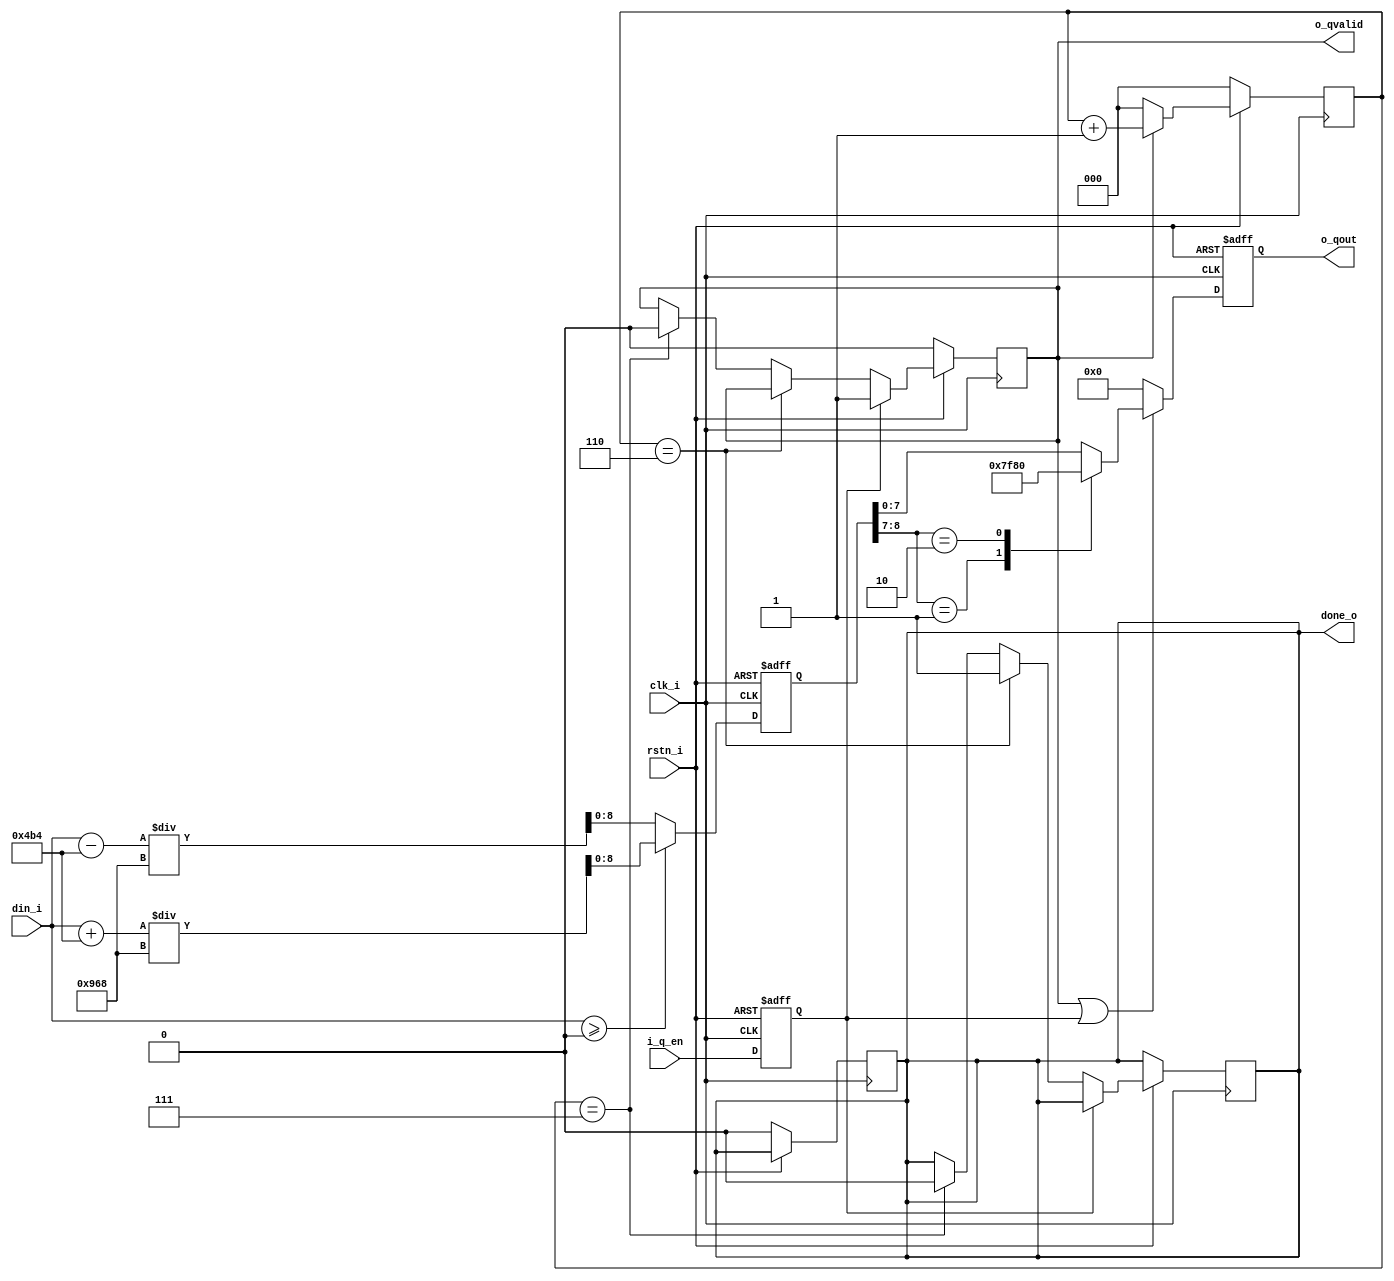
module Quantize(
    input wire                  clk_i,       // Clock input
    input wire                  rstn_i,      // Active low reset input
    input wire                  i_q_en,      // Quantize enable signal
    input wire signed   [31:0]  din_i,       // Data input
    
    output wire signed  [7:0]   o_qout,      // Quantized output
    output wire                 o_qvalid,    // Output valid signal
    output wire                 done_o       // Done signal
);
    
    reg         [2:0]   rCnt;               // Counter for 8 cycles -> done
    reg signed  [31:0]  rScaled;            // Scaled result for quantization
    reg signed  [7:0]   rClipped;           // Clipped result to 8-bit integer
    
    reg     rEn_delay;                      // Delayed version of i_q_en

    reg     q_valid;                        // Signal indicating quantization is in progress
    reg     q_done;                         // Signal indicating quantization is complete

    // Delay the enable signal
    always @(posedge clk_i or negedge rstn_i) begin
        if (!rstn_i) begin
            rEn_delay <= 0;
        end else begin
            rEn_delay <= i_q_en;
        end
    end
    
    // Scaling process
    always @(posedge clk_i or negedge rstn_i) begin
        if (!rstn_i) begin
            rScaled <= 0;
        end else if (din_i >= 0) begin
            rScaled <= (din_i + 1204) / 2408;  // Round up for positive values
        end else begin
            rScaled <= (din_i - 1204) / 2408;  // Round up for negative values
        end
    end
    
    // Clipping the scaled result
    always @(posedge clk_i or negedge rstn_i) begin
        if (!rstn_i) begin
            rClipped <= 0;
        end else if (q_valid || rEn_delay) begin
            case (rScaled[8:7])
                2'b01: rClipped     <= 8'h7f;  // Positive saturation
                2'b10: rClipped     <= 8'h80;  // Negative saturation
                default: rClipped   <= rScaled[7:0];  // Normal clipping
            endcase
        end else begin
            rClipped <= 0;
        end
    end    
    
    // Control valid and done signals
    always @(posedge clk_i) begin
        if (!rstn_i) begin
            q_valid <= 0;
        end else if (rEn_delay) begin
            q_valid <= 1;
        end else if (rCnt == 6) begin
            q_done  <= 1;
        end else if (rCnt == 7) begin
            q_done  <= 0;
            q_valid <= 0;
        end
    end
    
    // Counter for quantization process
    always @(posedge clk_i) begin
        if (!rstn_i) begin
            rCnt    <= 0;
            q_done  <= 0;
        end else if (q_valid) begin
            rCnt <= rCnt + 1;
        end else begin
            rCnt <= 0;
        end
    end

    // Assign outputs
    assign o_qvalid = q_valid;
    assign done_o   = q_done;
    assign o_qout   = rClipped;
    
endmodule